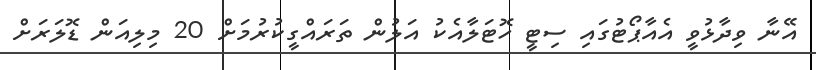
އޭނާ ވިދާޅުވީ އެއާޕޯޓުގައި ސިޓީ ހޮޓަލާއެކު އަލުން ތަރައްގީކުރުމަށް 20 މިލިއަން ޑޮލަރަށް